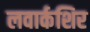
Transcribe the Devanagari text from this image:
लवार्कशिर